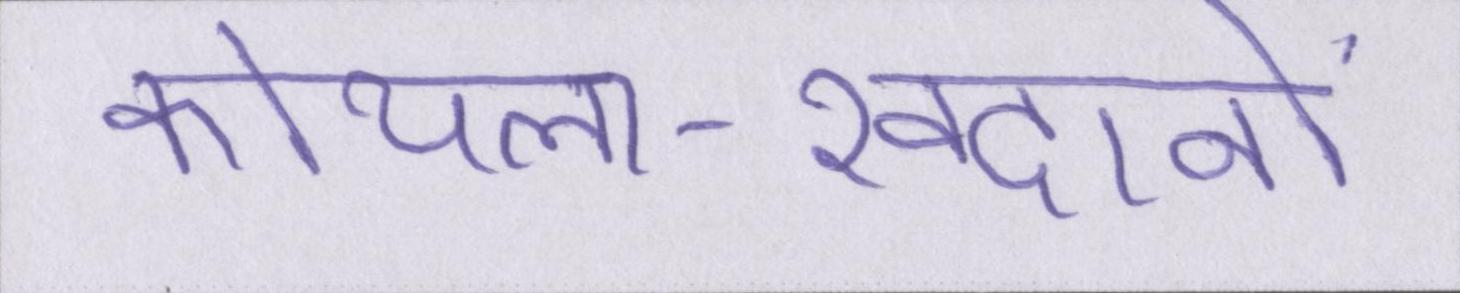
कोयला-खदानों